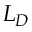
L _ { D }